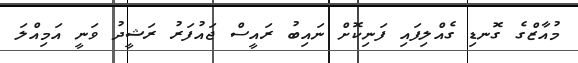
މުއާޒްގެ ގޮނޑި ގެއްލިފައި ފަނިކޮށް ނައިބު ރައީސް ޖައުފަރު ރަޝީދު ވަނީ އަމިއްލަ